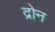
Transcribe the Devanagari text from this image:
द्रोन